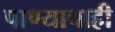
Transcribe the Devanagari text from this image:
पाण्‍याचाही